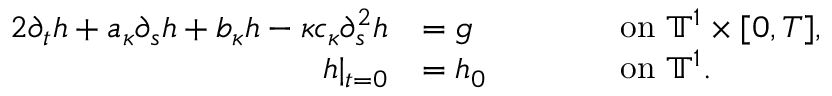
\begin{array} { r l r l } { { 2 } \partial _ { t } h + a _ { \kappa } \partial _ { s } h + b _ { \kappa } h - \kappa c _ { \kappa } \partial _ { s } ^ { 2 } h } & { = g } & { \qquad } & { \mathrm { o n ~ } \ensuremath { \mathbb { T } } ^ { 1 } \times [ 0 , T ] , } \\ { h | _ { t = 0 } } & { = h _ { 0 } } & & { \mathrm { o n ~ } \ensuremath { \mathbb { T } } ^ { 1 } . } \end{array}